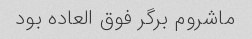
ماشروم برگر فوق العاده بود